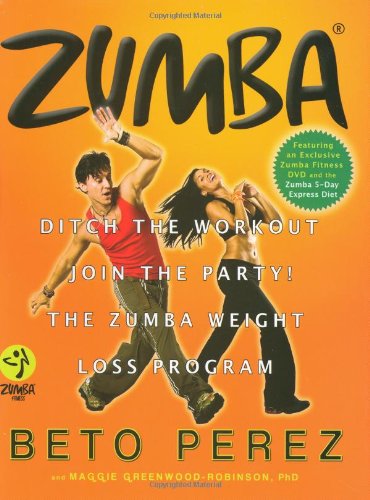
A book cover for Zumba: Ditch the Workout, Join the Party! The Zumba Weight Loss Program; Beto Perez; Health, Fitness & Dieting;